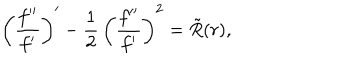
\left( \frac { f ^ { \prime \prime } } { f ^ { \prime } } \right) ^ { \prime } - { \frac { 1 } { 2 } } \, \left( \frac { f ^ { \prime \prime } } { f ^ { \prime } } \right) ^ { 2 } = \tilde { R } ( r ) ,